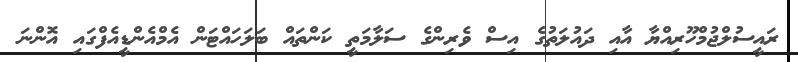
ރައީސުލްޖުމްހޫރިއްޔާ އާއި ދައުލަތުގެ އިސް ވެރިންގެ ސަލާމަތީ ކަންތައް ބަލަހައްޓަން އެމްއެންޑީއެފްގައި އޮންނަ